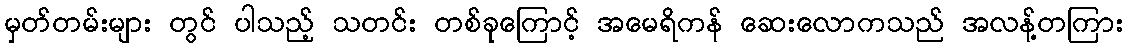
မှတ်တမ်းများ တွင် ပါသည့် သတင်း တစ်ခုကြောင့် အမေရိကန် ဆေးလောကသည် အလန့်တကြား